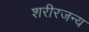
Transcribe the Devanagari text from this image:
शरीरजन्य